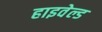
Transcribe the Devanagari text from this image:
हाइवेल्ड